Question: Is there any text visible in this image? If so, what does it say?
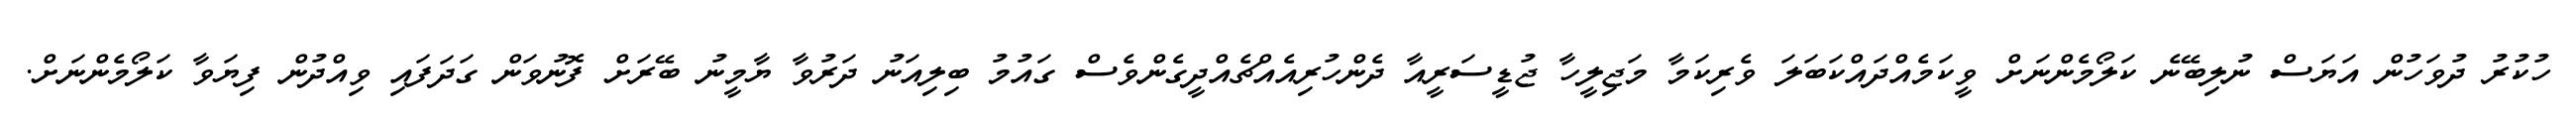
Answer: ހުކުރު ދުވަހުން އަޔަސް ނުލިބޭނެ ކަލޯމެންނަށް ވީކަމެއްދައްކަބަލަ ވެރިކަމާ މަޖިލީހާ ޖުޑީސަރީއާ ދެންހުރިއެއްޗެއްދީގެންވެސް ގައުމު ބިލިއަނު ދަރުވާ ޔާމީނު ބޭރަށް ފޮނުވަން ގަދަފައި ވިއްދުން ފިޔަވާ ކަލޯމެންނަށް.